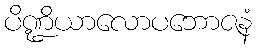
ပိဏ္ဍိယာလောပဘောဇနံ